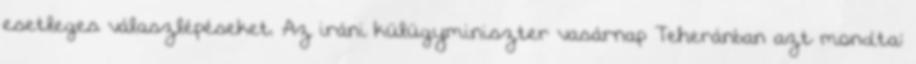
esetleges válaszlépéseket. Az iráni külügyminiszter vasárnap Teheránban azt mondta: